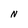
Character: N